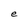
Character: e